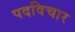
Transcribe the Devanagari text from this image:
पदविचार